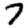
Digit: 7